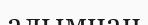
алымнан